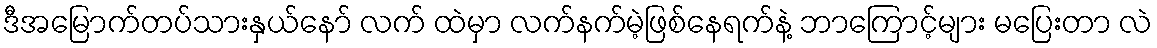
ဒီအမြောက်တပ်သားနှယ်နော် လက် ထဲမှာ လက်နက်မဲ့ဖြစ်နေရက်နဲ့ ဘာကြောင့်များ မပြေးတာ လဲ